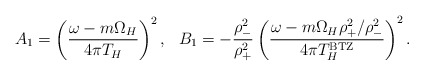
\begin{align*}A_1 =\left ( {{\omega - m \Omega_H} \over 4 \pi T_H} \right )^2,~~B_1 = - {\rho_-^2 \over \rho_+^2}\left ({{\omega - m \Omega_H \rho_+^2 / \rho_-^2} \over4 \pi T_H^{\rm BTZ}} \right )^2.\end{align*}